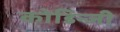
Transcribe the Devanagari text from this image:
कोडिन्जी